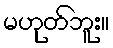
မဟုတ်ဘူး။